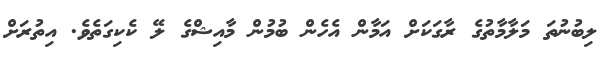
ލިބުނުތަ މަލާމާތުގެ ރާގަކަށް އަމާން އެހެން ބުމުން މާއިޝްގެ ލޭ ކެކިގަތެވެ. އިތުރަށް